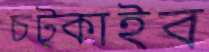
চট্‌কাইব